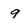
Character: 9